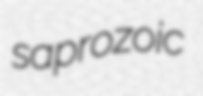
saprozoic